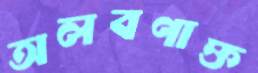
অলবণাক্ত